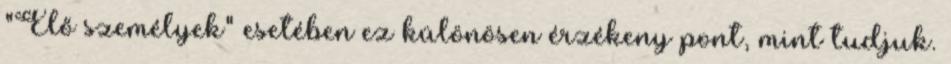
"Élő személyek" esetében ez különösen érzékeny pont, mint tudjuk.